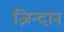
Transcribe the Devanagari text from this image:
ज़िन्दान